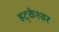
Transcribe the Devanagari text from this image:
हट्केश्वर